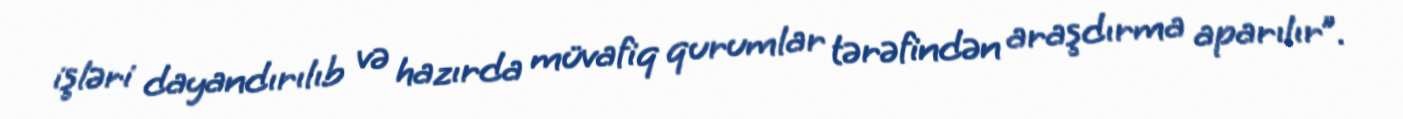
işləri dayandırılıb və hazırda müvafiq qurumlar tərəfindən araşdırma aparılır”.